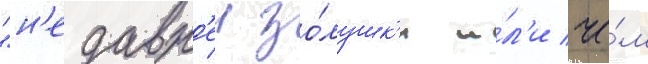
"н'едавн'еи зо́лушк'и и́л'и че́м